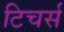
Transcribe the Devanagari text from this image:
टिचर्स